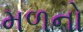
મળનો